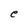
Character: e